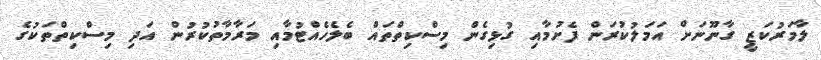
ލާމަރުކަޒީ ގާނޫނަށް އަމަލުކުރަން ފެށުމާއި ގުޅިގެން މިސްކިތްތައް ބެލެހެއްޓުމާއި މަރާމާތުކުރުން އަދި މިސްކިތްތަކުގެ